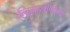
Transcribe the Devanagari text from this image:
नियन्त्रणकर्त्ता